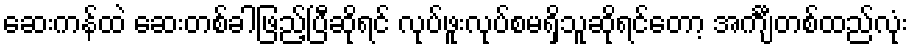
ဆေးကန်ထဲ ဆေးတစ်ခါဖြည့်ပြီဆိုရင် လုပ်ဖူးလုပ်စမရှိသူဆိုရင်တော့ အင်္ကျီတစ်ထည်လုံး